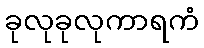
ခုလုခုလုကာရကံ